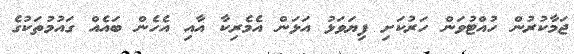
ޖަމާކުރުން ހުއްޓުވަން ހަރުކަށި ފިޔަވަޅު އަޅަން އެމެރިކާ އާއި އެހެން ބައެއް ގައުމުތަކުގެ